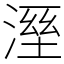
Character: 溼